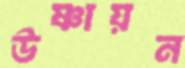
উষ্ণায়ন